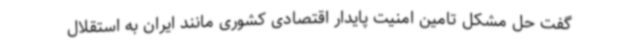
گفت حل مشکل تامین امنیت پایدار اقتصادی کشوری مانند ایران به استقلال